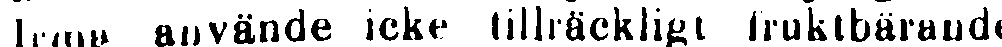
Irma använde icke tillräckligt fruktbärande